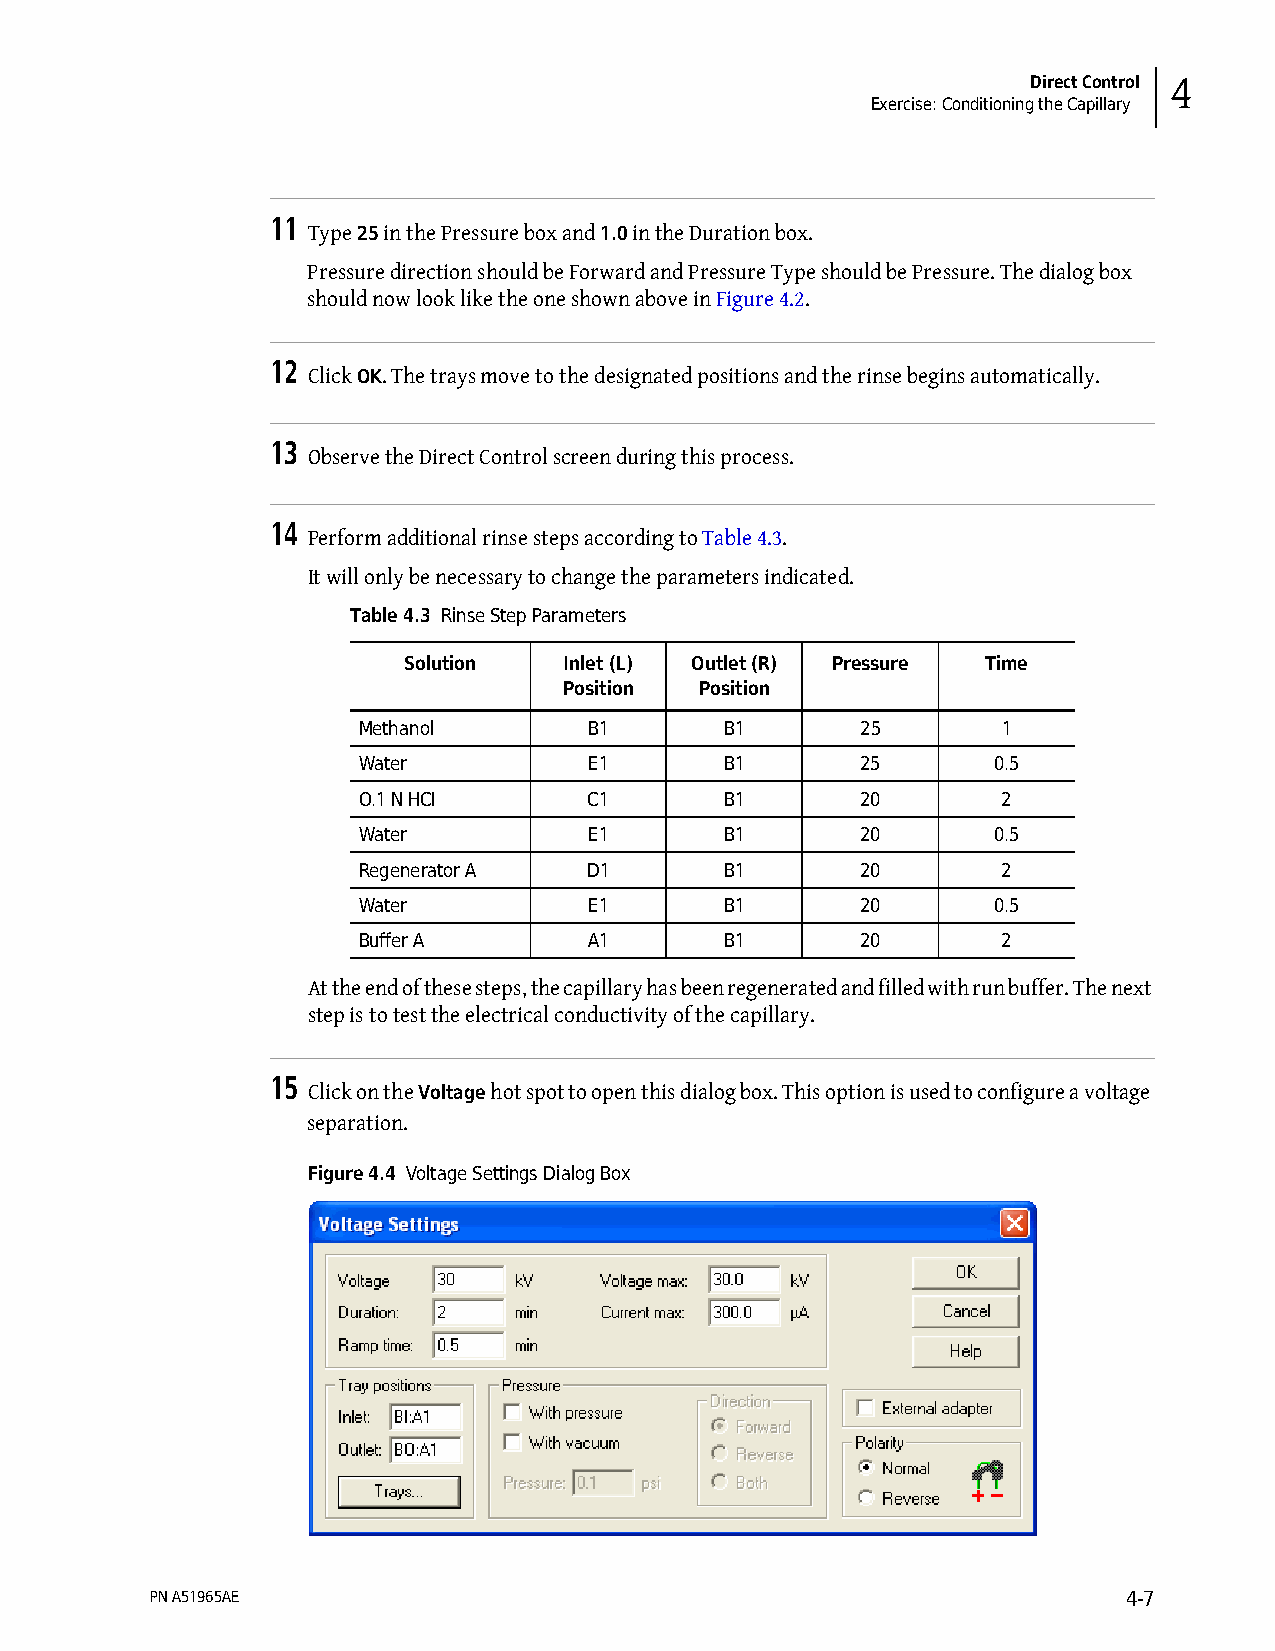
Direct Control 4
 Exercise: Conditioning the Capillary
 11
 Type 25 in the Pressure box and 1.0 in the Duration box.
 Pressure direction should be Forward and Pressure Type should be Pressure. The dialog box
 should now look like the one shown above in Figure 4.2.
 12
 Click OK. The trays move to the designated positions and the rinse begins automatically.
 13
 Observe the Direct Control screen during this process.
 14
 Perform additional rinse steps according to Table 4.3.
 It will only be necessary to change the parameters indicated.
 Table 4.3 Rinse Step Parameters
 Solution  Inlet (L) Outlet (R) Pressure Time
 Position Position
 Methanol       B1       B1       25       1
 Water          E1       B1       25       0.5
 O.1 N HCI      C1       B1       20       2
 Water          E1       B1       20       0.5
 Regenerator A  D1       B1       20       2
 Water          E1       B1       20       0.5
 Buffer A       A1       B1       20       2
 At the end of these steps, the capillary has been regenerated and filled with run buffer. The next
 step is to test the electrical conductivity of the capillary.
 15
 Click on the Voltage hot spot to open this dialog box. This option is used to configure a voltage
 separation.
 Figure 4.4 Voltage Settings Dialog Box
 PN A51965AE                                                      4-7